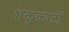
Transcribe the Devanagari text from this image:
शंकुकाटों